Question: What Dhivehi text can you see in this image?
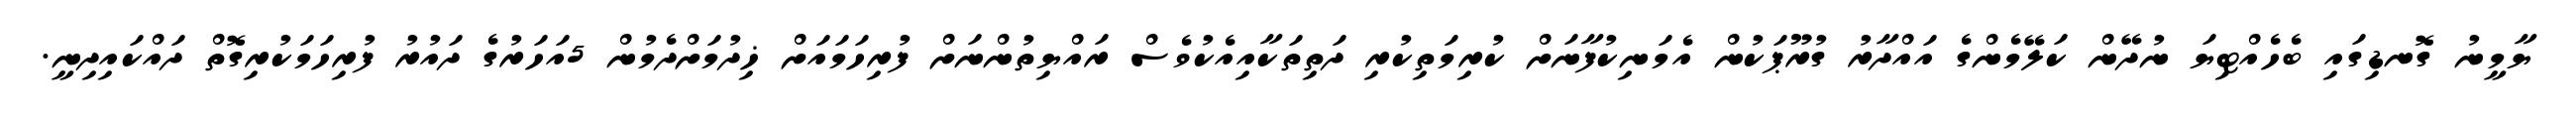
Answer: ޔާމީނު ގޮނޑިގައި ބެހެއްޓިޔަ ނުދޭން ކަލޭމެންގެ އައްދާރު ގުރޫޕަކުން އެމަނިކުފާނަށް ކުރިމަތިކުރި ދަތިތަކާއިއެކުވެސް ރައްޔިތުންނަށް ފުރިހަމައަށް ޚިދުމަށްދެމުން 5އަހަރުގެ ދައުރު ފުރިހަމަކުރިގޮތް ދައްކައިދިނީ.